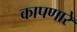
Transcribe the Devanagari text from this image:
कापणारे